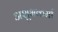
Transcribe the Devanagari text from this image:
अशुभकर्मा